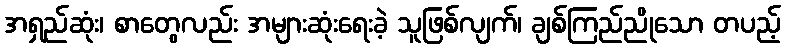
အရှည်ဆုံး၊ စာတွေလည်း အများဆုံးရေးခဲ့ သူဖြစ်လျက်၊ ချစ်ကြည်ညိုသော တပည့်